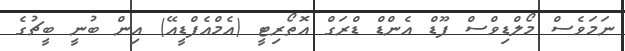
ނަމަވެސް މޯލްޑިވްސް ފޫޑް އެންޑް ޑްރަގް އޮތޯރިޓީ (އެމްއެފްޑީއޭ) އިން ބުނީ ބީޗުގެ